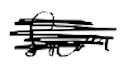
Text: from
Cross-out: scratch
Writing tool: digital_black